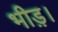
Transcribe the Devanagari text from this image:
भीड़़।